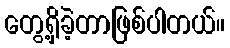
တွေ့ရှိခဲ့တာဖြစ်ပါတယ်။